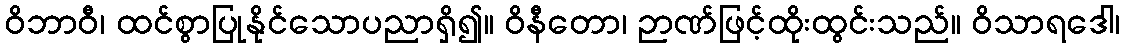
ဝိဘာဝီ၊ ထင်စွာပြုနိုင်သောပညာရှိ၍။ ဝိနီတော၊ ဉာဏ်ဖြင့်ထိုးထွင်းသည်။ ဝိသာရဒေါ၊